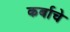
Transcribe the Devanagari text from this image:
कर्बाचे